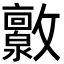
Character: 𫿧